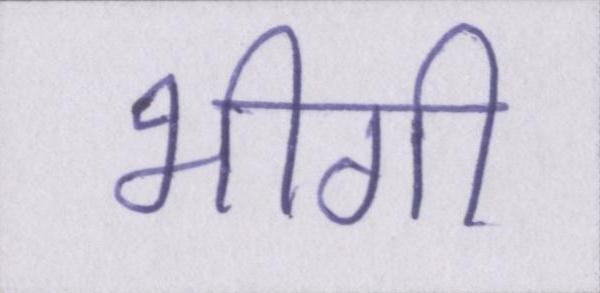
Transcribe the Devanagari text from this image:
भीगी